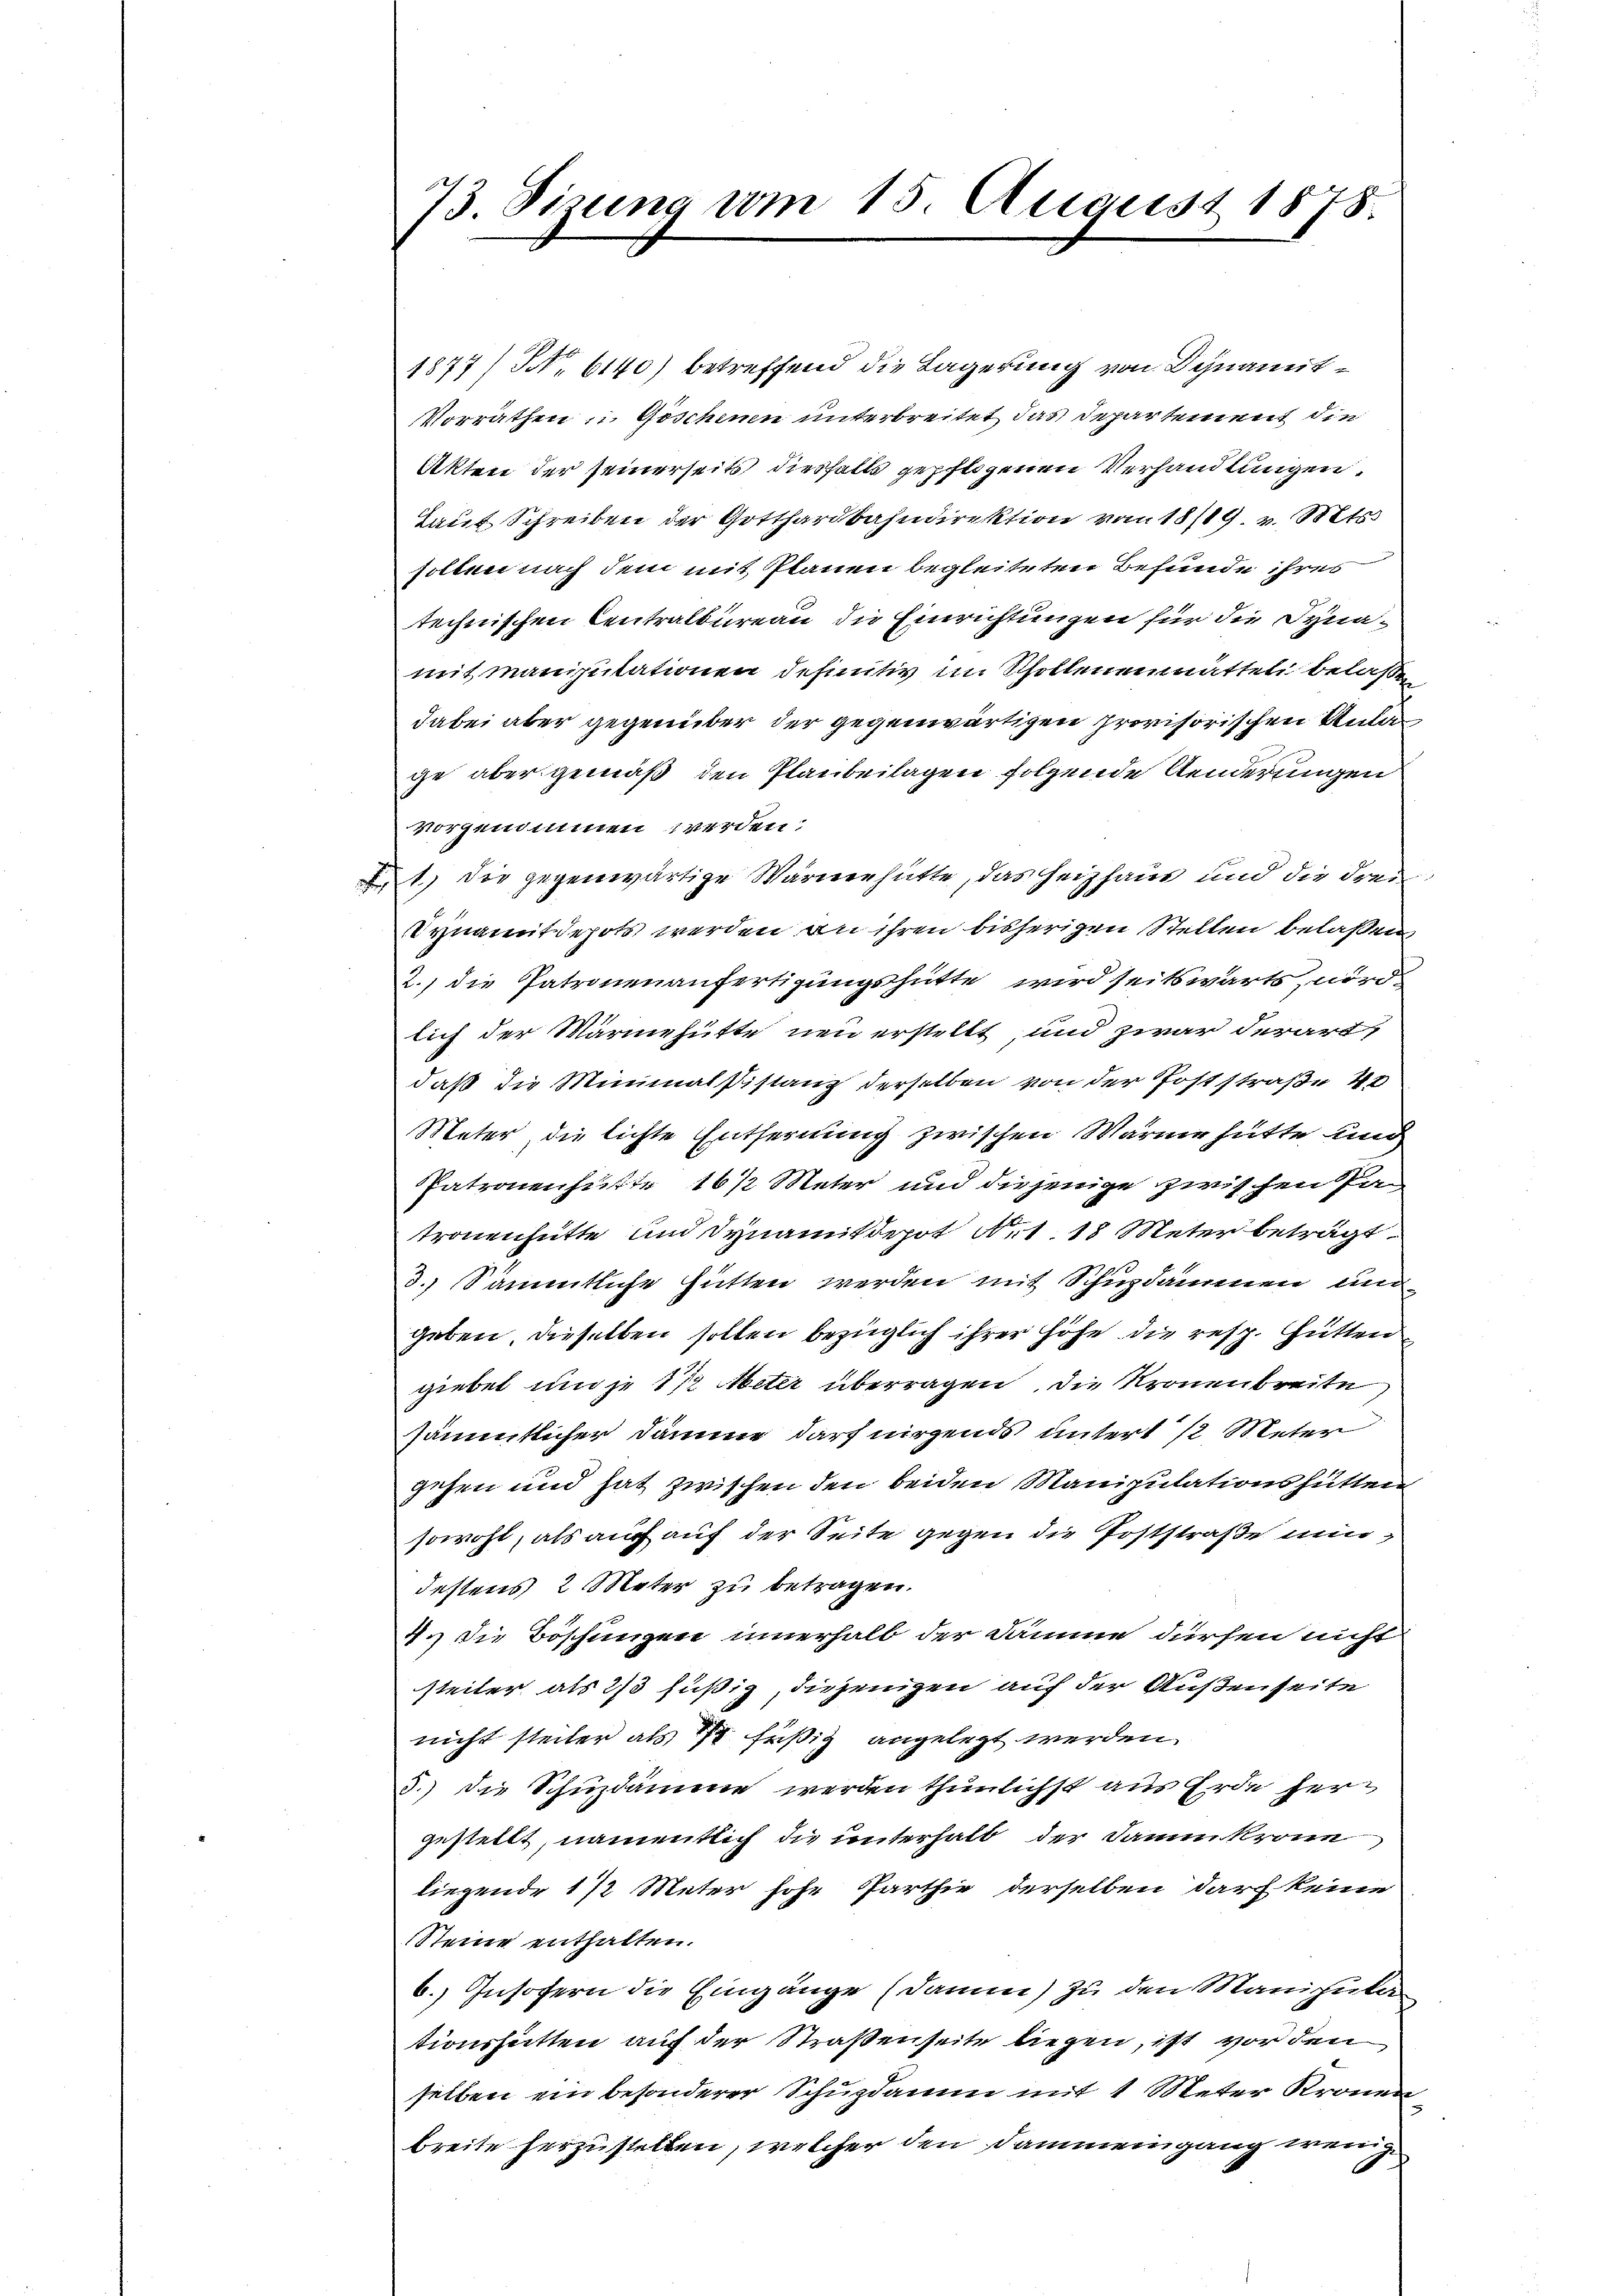
73. Sizung vom 15. August 1878.

1877/ NNo. 6140) betreffend die Lagerung von Dynamit¬
Vorräthen Göschenen unterbreitet das Departement die
Akten der seinerseits diesfalls gepflogenen Verhandlungen.
Laut Schreiben der Gotthardbahndirektion von 18/19. v. Mts.
solten nach dem mit Planen begleiteten Befunde ihres
technischen Centralbureau die Einrichtungen für die Synamit manisitationen definitiv im Schollenenmittel belaßen
dabei aber gegenüber der gegenwärtigen provisorischen Anlage aber gemäß den Planbeilagen folgende Aenderungen
vorgenommen werden.
1.) Die gegenwärtige Wärmehütte, das Heizhaus und die drei
Synamit depots werden an ihren bisherigen Stellen belaßen
2.) die Patronenanfertigungshütte wird seitswärts, wird.
lich der Märmehütte neu erstellt, und zwar derart,
daß die Miminalsistanz derselben von der Poststraße 40
Meter die lichte Entfernung zwischen Wärme hätte und
Patronenhütte 16 ½ Meter und diejenige zwischen Patronenhütte und Dynamit depot Nr. 18 Meter beträgt.
3.) Sämmtliche Hütten werden mit Schupdammen und
geben, dieselben sollen bezüglich ihrer Höhe die resp. Hütten
giebet und je 1 1/2 Meter überragen, die Kronenbreite
sämmtlicher Dämme darf nirgends untert 12 Meter
gehen und hat zwischen den beiden Manipulationshütten
sowohl, als auch auf der Seite gegen die Poststraße nirdestens 2 Meter zu betragen.
4.) Die Böschungen innerhalb der Dämme dürfen nicht
steiter als 2/3 füßig, diejenigen auf der Außenseite
nicht steiter als 1/2 füßig angelegt werden
3.) Die Schuzdämme werden thunlichst aus Erde hergestellt, namentlich die unterhalb der Dammkrone
liegende 1/2 Meter hohe Parthie derselben darf keine
Steine enthalten.
b. Insofern die Eingänge (damen) zu den Manipielan
tionshütten auf der Straßenseite liegen, ist vor den
selben ein besonderer Schuzdann mit 1 Meter Kronen
breite herzustellen, welcher den Dammeingang wenige